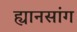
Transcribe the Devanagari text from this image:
ह्यानसांग